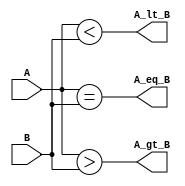
module compare_32_CA (A_gt_B, A_lt_B, A_eq_B, A, B);
  parameter 	word_size = 32;
  input 		[word_size-1: 0] 	A, B;
  output 		A_gt_B, A_lt_B, A_eq_B;

  assign 	A_gt_B = (A > B),		// Note: list of multiple assignments
	  		A_lt_B = (A < B),
	  		A_eq_B = (A == B);
endmodule